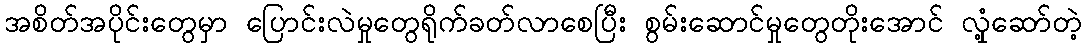
အစိတ်အပိုင်းတွေမှာ ပြောင်းလဲမှုတွေရိုက်ခတ်လာစေပြီး စွမ်းဆောင်မှုတွေတိုးအောင် လှုံ့ဆော်တဲ့